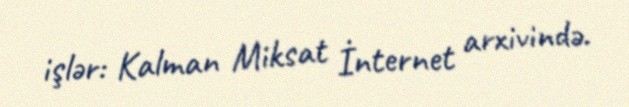
işlər: Kalman Miksat İnternet arxivində.